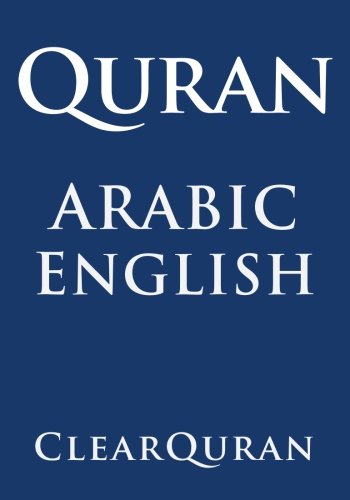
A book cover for Quran: Arabic and English in Parallel; Talal Itani; Religion & Spirituality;